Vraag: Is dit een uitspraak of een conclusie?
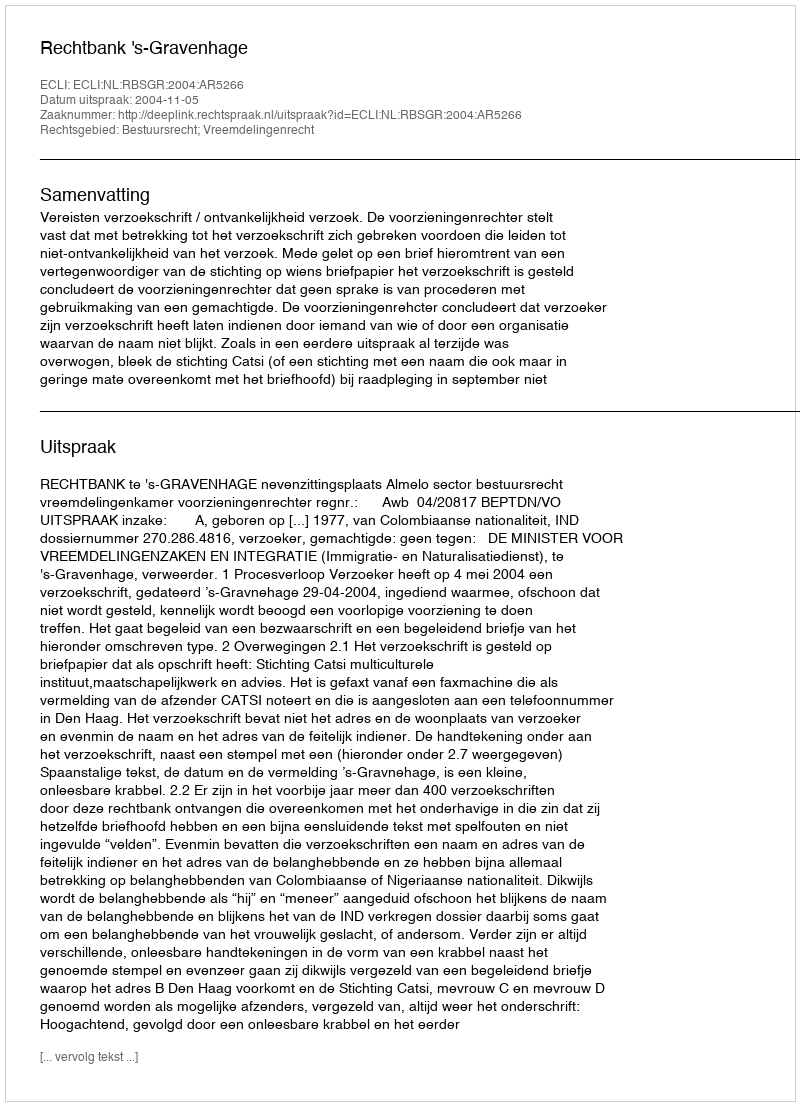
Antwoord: Uitspraak